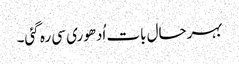
بہرحال بات اُدھوری سی رہ گئی۔